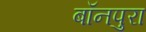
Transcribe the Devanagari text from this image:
बॉनपुरा